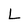
Character: L